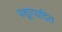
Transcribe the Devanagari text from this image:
पशूत्पादित